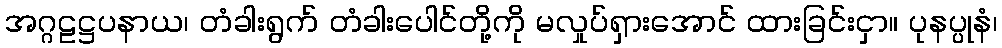
အဂ္ဂဠဋ္ဌပနာယ၊ တံခါးရွက် တံခါးပေါင်တို့ကို မလှုပ်ရှားအောင် ထားခြင်းငှာ။ ပုနပ္ပုနံ၊